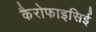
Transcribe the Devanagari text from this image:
कैरोफाइसिई